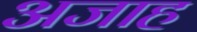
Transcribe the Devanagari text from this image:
अजाह